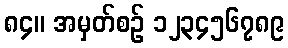
၈၄။ အမှတ်စဉ် ၁၂၃၄၅၆၇၈၉